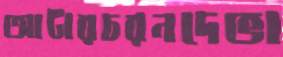
আটারচরনদেভা